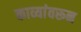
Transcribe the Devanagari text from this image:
काव्यांवरून